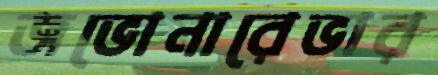
জভোনারেভার